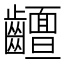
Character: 𱌧